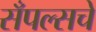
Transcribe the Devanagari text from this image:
सँपल्सचे